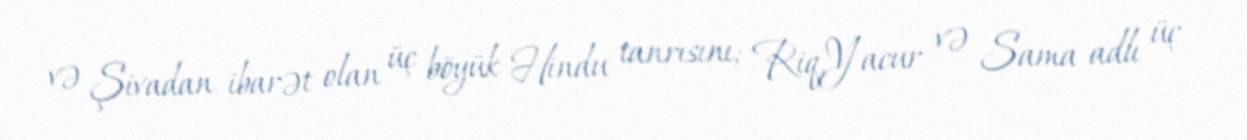
və Şivadan ibarət olan üç böyük Hindu tanrısını; Riq,Yacur və Sama adlı üç